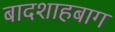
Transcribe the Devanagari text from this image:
बादशाहबाग